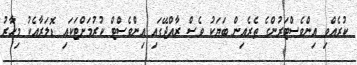
ކުރެއްވި އިންވެސްޓަރުންގެ ތެރެއިން ބަޔަކު ވެސް ރާއްޖޭގައި އިންވެސްޓް ކުރުމަށްޓަކައި ޑޮލަރާއެކު މިހާރު